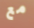
مع